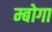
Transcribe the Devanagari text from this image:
म्बोगा